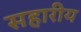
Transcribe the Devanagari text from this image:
सहारीय